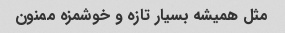
مثل همیشه بسیار تازه و خوشمزه ممنون